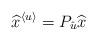
LaTeX: \begin{align*}\widehat{x}^{\langle u\rangle}=P_{\hat{u}}\widehat{x}\end{align*}